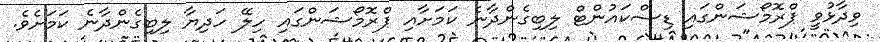
ވިދާޅުވީ ޕްރޮމޯޝަންގައި ޑިސްކައުންޓް ލިބިގެންދާނެ ކަމަށާއި ޕްރޮމޯޝަންގައި ހިލޭ ހަދިޔާ ލިބިގެންދާނެ ކަމަށެވެ.